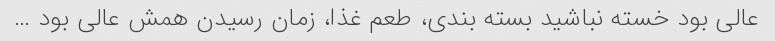
عالی بود خسته نباشید بسته بندی، طعم غذا، زمان رسیدن همش عالی بود …